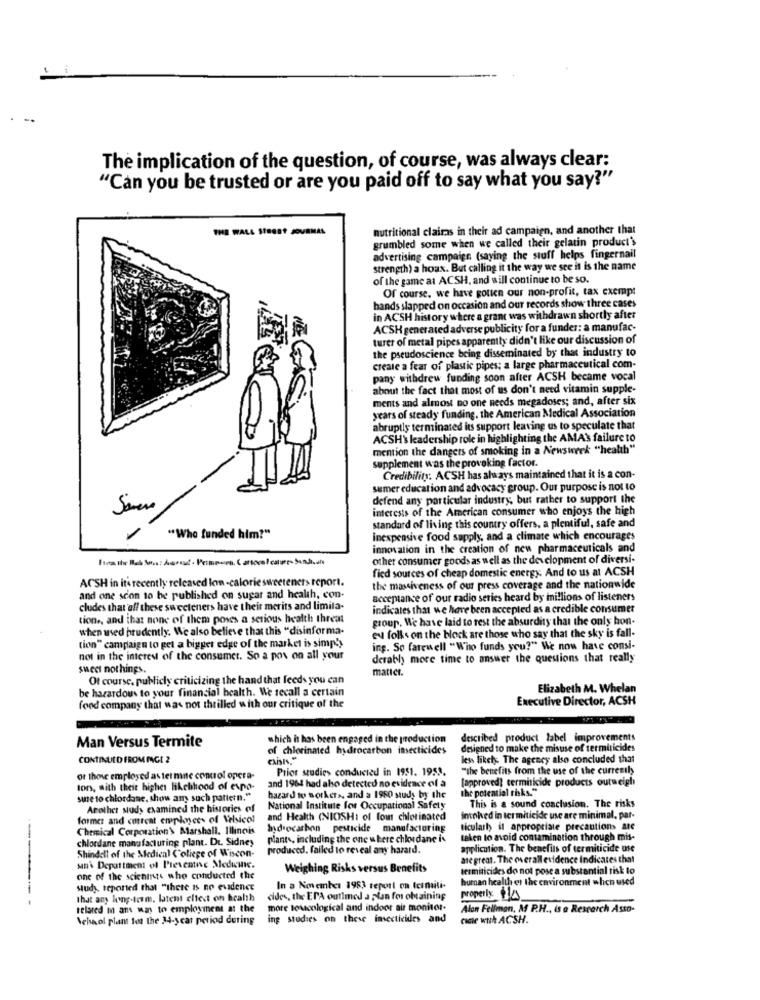
The implication of the question, of course, was always clear:
"Can you be trusted or are you paid off to say what you say?"
THE WALL STREET JOURNAL
nutritional claims in their ad campaign, and another that
grumbled some when we called their gelatin product's
advertising campaign (saying the stuff helps fingernail
strength) a hoax. But calling it the way we see it is the name
of the game at ACSH, and will continue to be so.
Of course, we have gotten our non-profit, tax exempt
hands slapped on occasion and our records show three cases
in ACSH history where a grant was withdrawn shortly after
ACSH generated adverse publicity for a funder: a manufac-
turer of metal pipes apparently didn't like our discussion of
the pseudoscience being disseminated by that industry to
create a fear of plastic pipes; a large pharmaceutical com-
pany withdrew funding soon after ACSH became vocal
about the fact that most of us don't need vitamin supple-
ments and almost no one needs megadoses; and, after six
years of steady funding, the American Medical Association
abruptly terminated its support leaving us to speculate that
ACSH's leadership role in highlighting the AMAS failure to
mention the dangers of smoking in a Newsweek "health"
supplement was the provoking factor.
Credibility: ACSH has always maintained that it is a con-
semer education and advocacy group. Our purpose is not to
defend any particular industry, but rather to support the
Soveso
interests of the American consumer who enjoys the high
standard of living this country offers, a plentiful, safe and
"Who funded him?"
inexpensive food supply, and a climate which encourages
innovation in the creation of new pharmaceuticals and
other consumer goods as well as the development of diversi-
fied sources of cheap domestic energy. And to us at ACSH
ACSH in it& recently released low-calorie sweeteners report.
the massiveness of our press coverage and the nationwide
and one scon to be published on sugar and health, con-
acceptance of our radio series heard by millions of listeners
cludes that off these sweeteners have their merits and limila-
indicates that we have been accepted as a credible consumer
tion ., and that none of them poses a serious health threat
group. We have laid to rest the absurdity that the only hon.
when used prudently. We also believe that this "disinforma-
eu folks on the block are those who say that the sky is fall-
tion" campaign to get a bigger edge of the market is simply
ing. So farewell "Who funds you?" We now have consi-
not in the interest of the consumer. So a pos on all your
derably more time to answer the questions that really
sweet nothings.
matict.
Of course. publicly criticizing the hand that feeds you can
be hazardous to your financial health. We recall a certain
Elizabeth M. Whelan
Executive Director, ACSH
food company that was not thrilled with our critique of the
Man Versus Termite
which it has been engaged in the production
described product label improvements
of chlorinated hydrocarbon insecticides
designed to make the misuse of terminicides
CONTINUED FROM MAGE 2
less likely The agency also concluded that
Prior studies conducted in 1951. 1953.
"the benefits from the use of the currently
of those employed as ter mne control opera-
[approved] cermiticide products outweigh
tors, with theit higher likelihood of evpo-
and 1964 had abo detected no evidence of a
the potential risks."
sure to chlordane, show am such pattern."
hazard to workers, and a 1950 study by the
Another study examined the histories of
National Institute for Occupational Safety
This is a sound conclusion. The risks
former and coreat employees of Velsicol
and Health (NIOSH: of four chlorinated
intohed in termiticide use are minimal, par-
Chemical Corporation'\ Marshall. Illinois
Idrocarbon pesticide manufacturing
ticularhy il appropriate precautions se
chlordane manufacturing plant. Dr. Sidney
plants, including the one where chlordane is
taken to avoid contamination through mis-
produced. failed to reveal any hazard.
application. The benefits of termiticide use
Shindell of the Medical College of Wiscon-
are great. The overall evidence indicates that
un' Department of Preventive Medicine.
Weighing Risks versus Benefits
termiticides do not pose a substantial risk to
one of the scientts who conducted the
human health et the environment when used
study, reported that "there is no evidence
In a November 1983 report on termiti-
that any long-term, latent cliest on health
cides, the EPA outlmed a plan for obtaining
properly: 12
telared m ams was to employment at the
more touscological and indoor air monitor.
Alon Fellman, A P.H ., is a Research Asto-
Nehaol plant tos the 34-year period during
ing studies on these insecticides and
cicle wth ACSH.